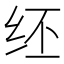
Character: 𫄞